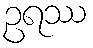
ဥရဿ